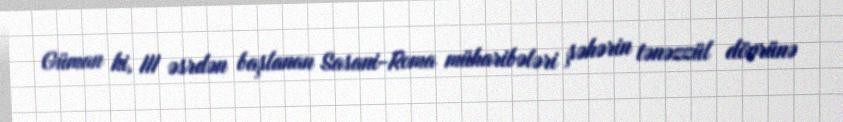
Güman ki, III əsrdən başlanan Sasani-Roma müharibələri şəhərin tənəzzül dövrünə